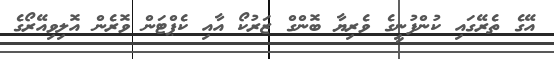
އޭގެ ތެރޭގައި ކުންފުނީގެ ވެރިޔާ ބޮންގް ޒަރުކޯ އާއި ކެޕްޓަން ވޮރެން އޮލިވިއޭރޯގެ